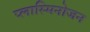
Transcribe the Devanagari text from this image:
प्लास्मिनोजन